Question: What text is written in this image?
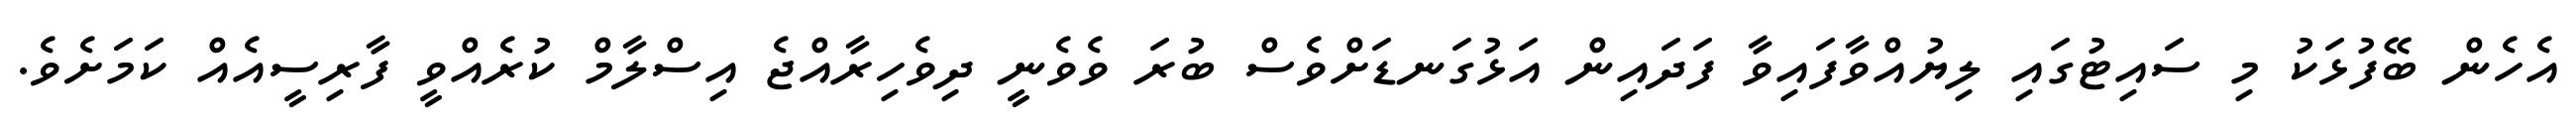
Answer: އެހެން ބޭފުޅަކު މި ސައިޓުގައި ލިޔުއްވާފައިވާ ފަދައިން އަޅުގަނޑަށްވެސް ބުރަ ވެވެނީ ދިވެހިރާއްޖެ އިސްލާމް ކުރެއްވީ ފާރިސީއެއް ކަމަށެވެ.